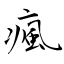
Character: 瘋